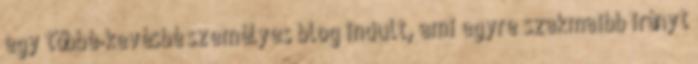
egy többé-kevésbé személyes blog indult, ami egyre szakmaibb irányt